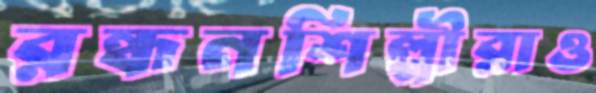
রন্ধনশিল্পীরাও